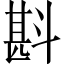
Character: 斟